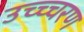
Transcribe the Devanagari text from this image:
उच्च्चरण